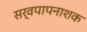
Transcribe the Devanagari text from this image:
सर्वपापनाशक